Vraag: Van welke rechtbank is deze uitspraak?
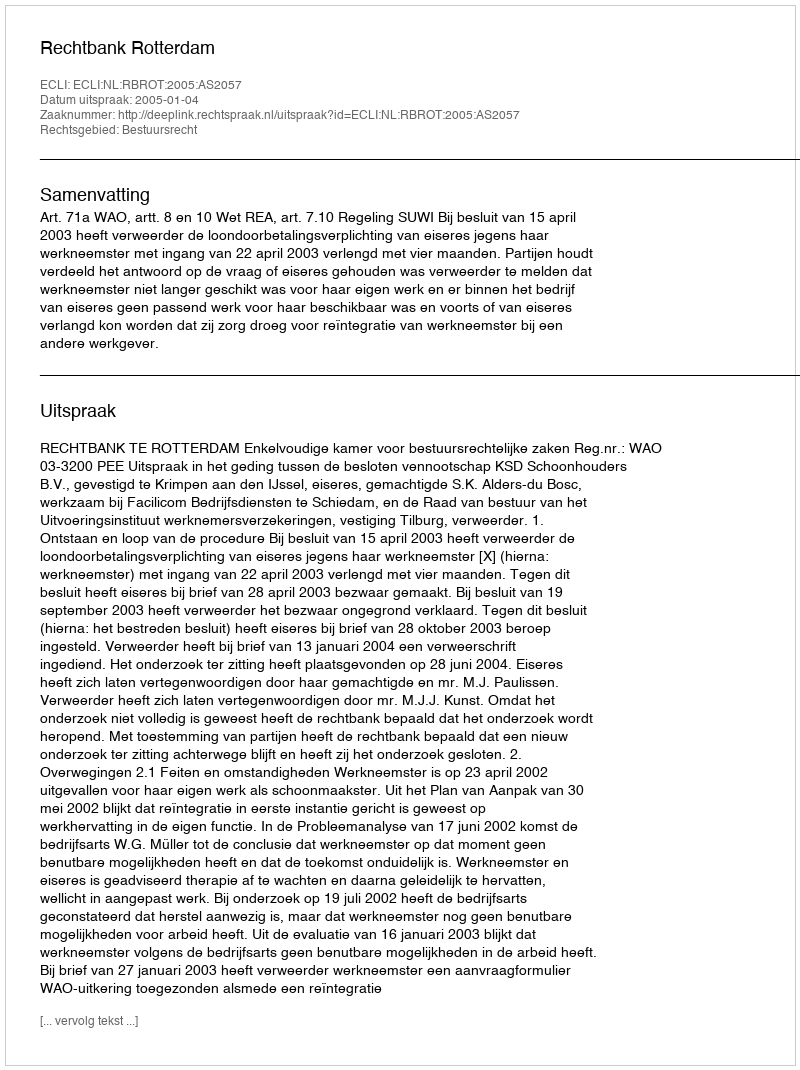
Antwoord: Rechtbank Rotterdam